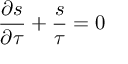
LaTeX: \frac { \partial s } { \partial \tau } + \frac { s } { \tau } = 0